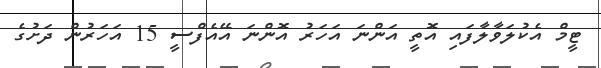
ޓީމް އެކުލަވާލާފައި އޮތީ އަންނަ އަހަރު އޮންނަ އޭއެފްސީ 15 އަހަރުން ދަށުގެ